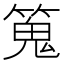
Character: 䈭